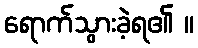
ရောက်သွားခဲ့ရ၏ ။